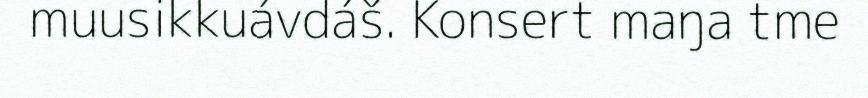
muusikkuávdáš. Konsert maŋa tme